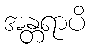
အန္တရာပိ